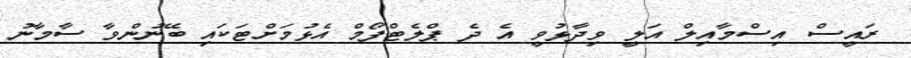
ރައީސް އިސްމާއިލް އަލީ ވިދާޅުވީ އެ ދެ ޕްލެޓްފޯމް އެޅުމަށްޓަކައި ބޭނުންވާ ސާމާނު